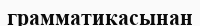
грамматикасынан